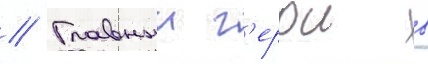
// Главныи г'ерои в